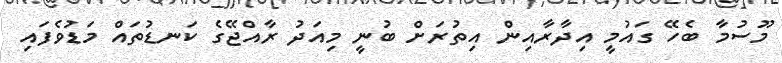
މޫސުމާ ބެހޭ ގައުމީ އިދާރާއިން އިތުރަށް ބުނީ މިއަދު ރާއްޖޭގެ ކަނޑުތައް މަޑުވެފައި